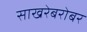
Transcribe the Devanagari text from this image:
साखरेबरोबर